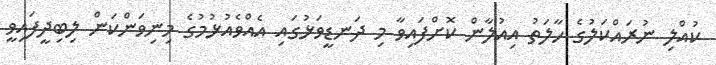
ކުއްލި ނުރައްކަލުގެ ހާލަތު އިއުލާން ކޮށްފައިވާ މި ދަނޑީވަޅުގައި އެއްވެއުޅުމުގެ މިނިވަންކަން ލިބިދީފައިވީ